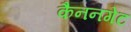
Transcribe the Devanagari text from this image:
कैननगेट